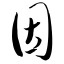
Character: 因